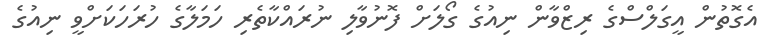
އެގޮތުން އީގަލްސްގެ ރިޒްވާން ނިއުގެ ގޯލަށް ފޮނުވާލި ނުރައްކާތެރި ހަމަލާގެ ހުރަހަކަށްވީ ނިއުގެ